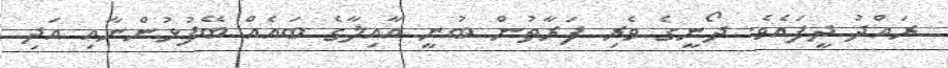
ރައްދު ދީފައެވެ. ދޯނީގެ ވެރި ފަރާތުން ބުނީ އާއިލާގެ ބައެއް ބޭފުޅުންނާއި އަދި